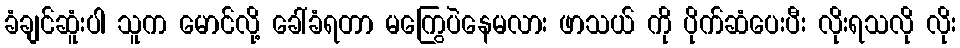
ခံချင်ဆူံးပါ သူက မောင်လို့ ခေါ်ခံရတာ မကြွေပဲနေမလား ဖာသယ် ကို ပိုက်ဆံပေးပီး လိုးရသလို လိုး